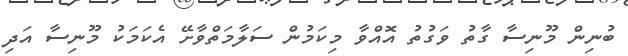
ބުނިން މޫނިސާ ގާތު ވަގުތު އޮއްވާ މިކަމުން ސަލާމަތްވާށޭ އެކަމަކު މޫނިސާ އަދި